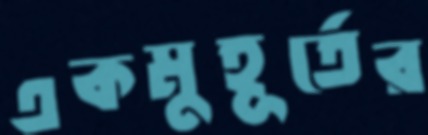
একমুহূর্তের